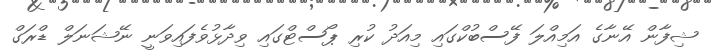
ޝިފާން އޭނާގެ އަމިއްލަ ފޭސްބުކްގައި މިއަދު ކުރި ޕޯސްޓްގައި ވިދާޅުވެފައިވަނީ ނޭޝަނަލް ޑްރަގް